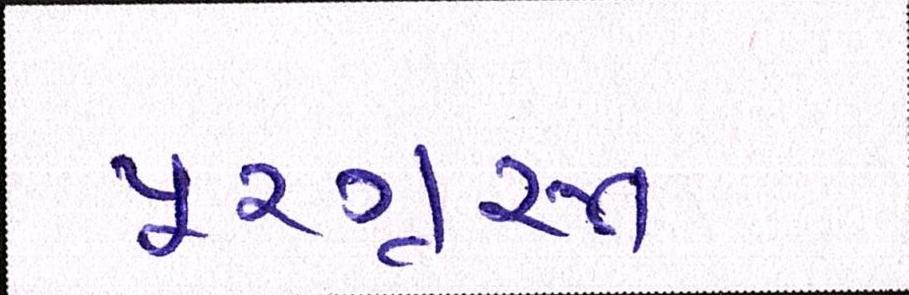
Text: પૂરગ્રસ્ત